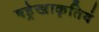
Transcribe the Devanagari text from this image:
षड्रेखाकृतियं